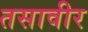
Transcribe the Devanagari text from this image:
तसावीर